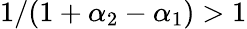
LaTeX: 1/(1+\alpha_{2}-\alpha_{1})>1